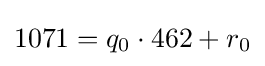
1071=q_{0}\cdot 462+r_{0}